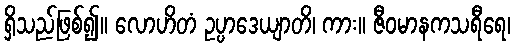
ရှိသည်ဖြစ်၍။ လောဟိတံ ဥပ္ပာဒေယျာတိ၊ ကား။ ဇီဝမာနကသရီရေ၊